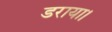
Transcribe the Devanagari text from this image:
डराया।